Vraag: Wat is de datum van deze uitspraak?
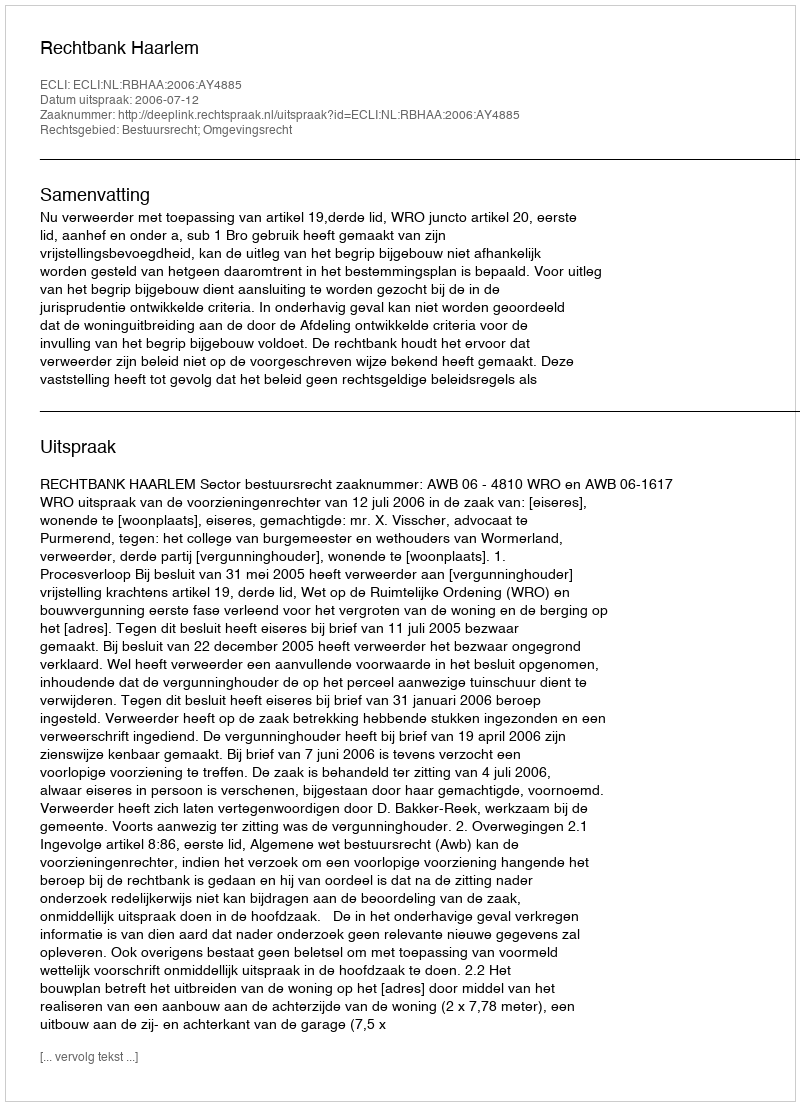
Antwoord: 2006-07-12